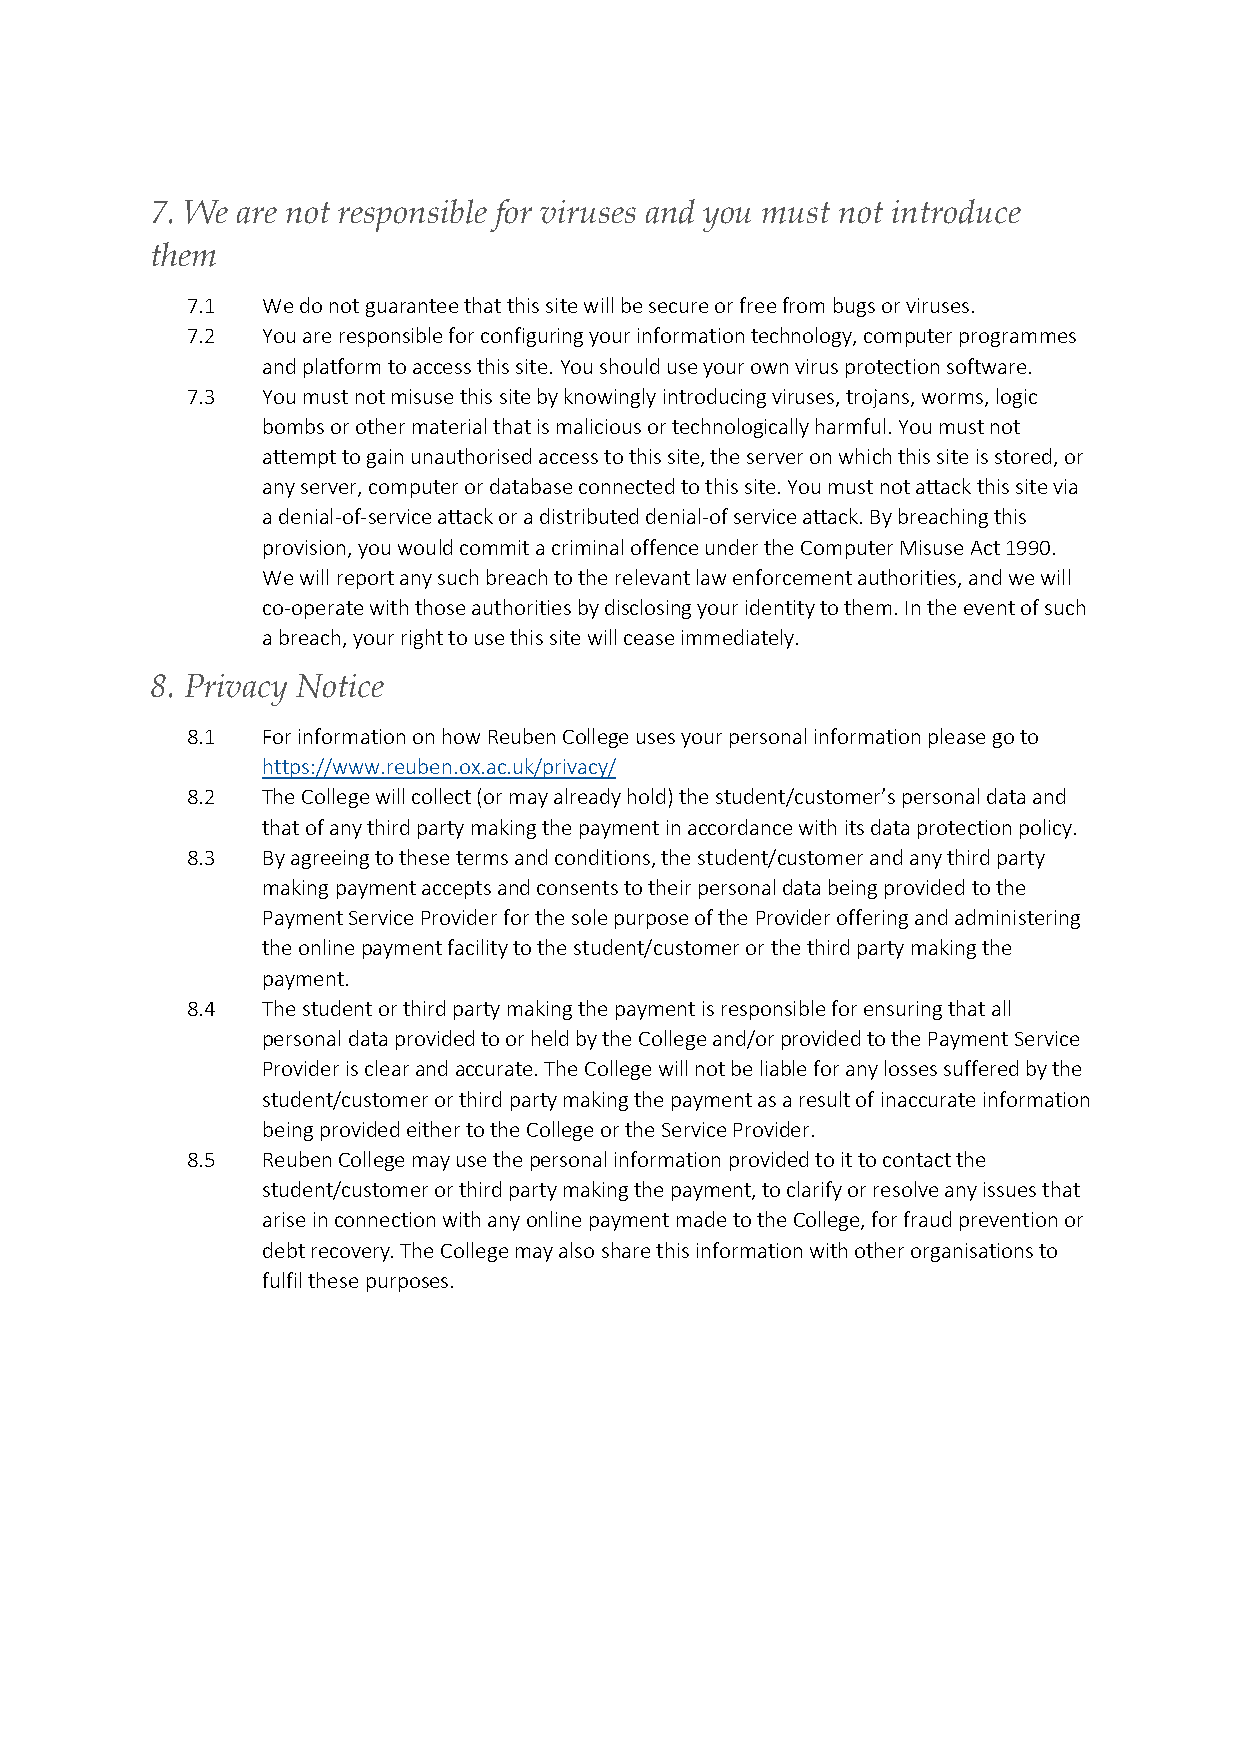
7. We are not responsible for viruses and you must not introduce
 them
 7.1  We do not guarantee that this site will be secure or free from bugs or viruses.
 7.2  You are responsible for configuring your information technology, computer programmes
 and platform to access this site. You should use your own virus protection software.
 7.3  You must not misuse this site by knowingly introducing viruses, trojans, worms, logic
 bombs or other material that is malicious or technologically harmful. You must not
 attempt to gain unauthorised access to this site, the server on which this site is stored, or
 any server, computer or database connected to this site. You must not attack this site via
 a denial-of-service attack or a distributed denial-of service attack. By breaching this
 provision, you would commit a criminal offence under the Computer Misuse Act 1990.
 We will report any such breach to the relevant law enforcement authorities, and we will
 co-operate with those authorities by disclosing your identity to them. In the event of such
 a breach, your right to use this site will cease immediately.
 8. Privacy Notice
 8.1  For information on how Reuben College uses your personal information please go to
 https://www.reuben.ox.ac.uk/privacy/
 8.2  The College will collect (or may already hold) the student/customer’s personal data and
 that of any third party making the payment in accordance with its data protection policy.
 8.3  By agreeing to these terms and conditions, the student/customer and any third party
 making payment accepts and consents to their personal data being provided to the
 Payment Service Provider for the sole purpose of the Provider offering and administering
 the online payment facility to the student/customer or the third party making the
 payment.
 8.4  The student or third party making the payment is responsible for ensuring that all
 personal data provided to or held by the College and/or provided to the Payment Service
 Provider is clear and accurate. The College will not be liable for any losses suffered by the
 student/customer or third party making the payment as a result of inaccurate information
 being provided either to the College or the Service Provider.
 8.5  Reuben College may use the personal information provided to it to contact the
 student/customer or third party making the payment, to clarify or resolve any issues that
 arise in connection with any online payment made to the College, for fraud prevention or
 debt recovery. The College may also share this information with other organisations to
 fulfil these purposes.